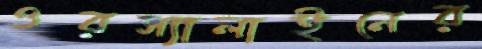
ওরস্যালাইনের